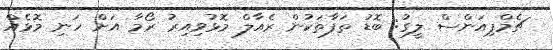
ޗެމްޕިއަންސް ލީގު: ބޮޑު ތަފާތަކުން ރެއާލް މޮޅުވިއިރު ރޯމާ އަށް ހަނި މޮޅެއް